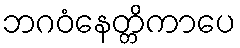
ဘဂဝံနေတ္တိကာပေ